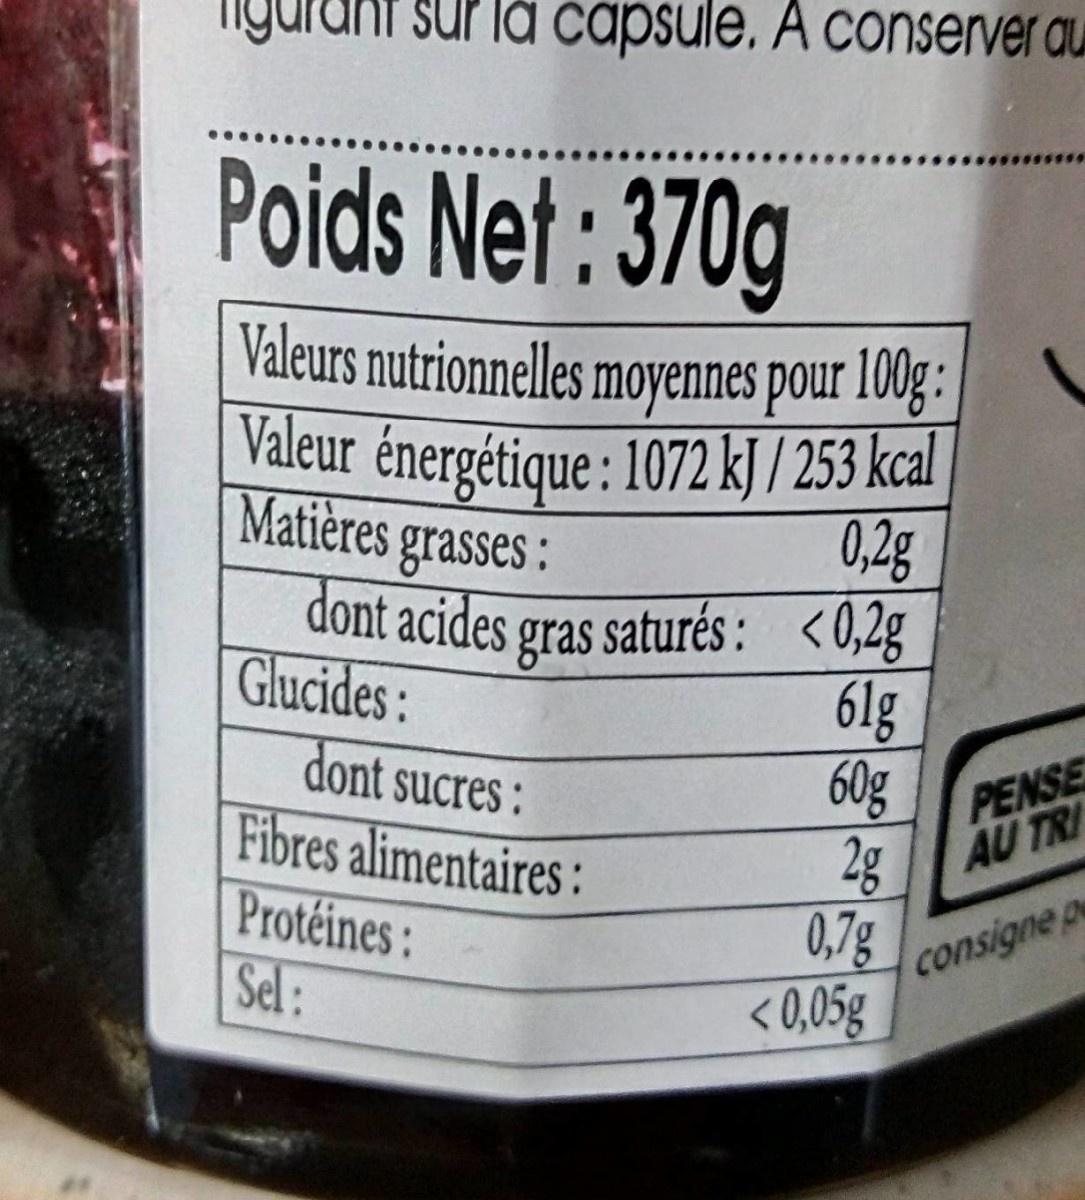
sur la capsule, A conserver au
Poids Net : 370g
Valeurs nutrionnelles moyennes pour 1003.
Valeur énergétique : 1072 kj / 253 kcal 0,2g
Matières grasses:
dont acides gras saturés : <0,2g|
Glucides:
6lg 60g
dont sucres : Fibres alimentaires: Protéines: Sel:
PENSE AU TRI 2g
0.7g
consigne p
< 0,05g